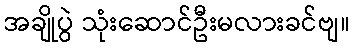
အချိုပွဲ သုံးဆောင်ဦးမလားခင်ဗျ။